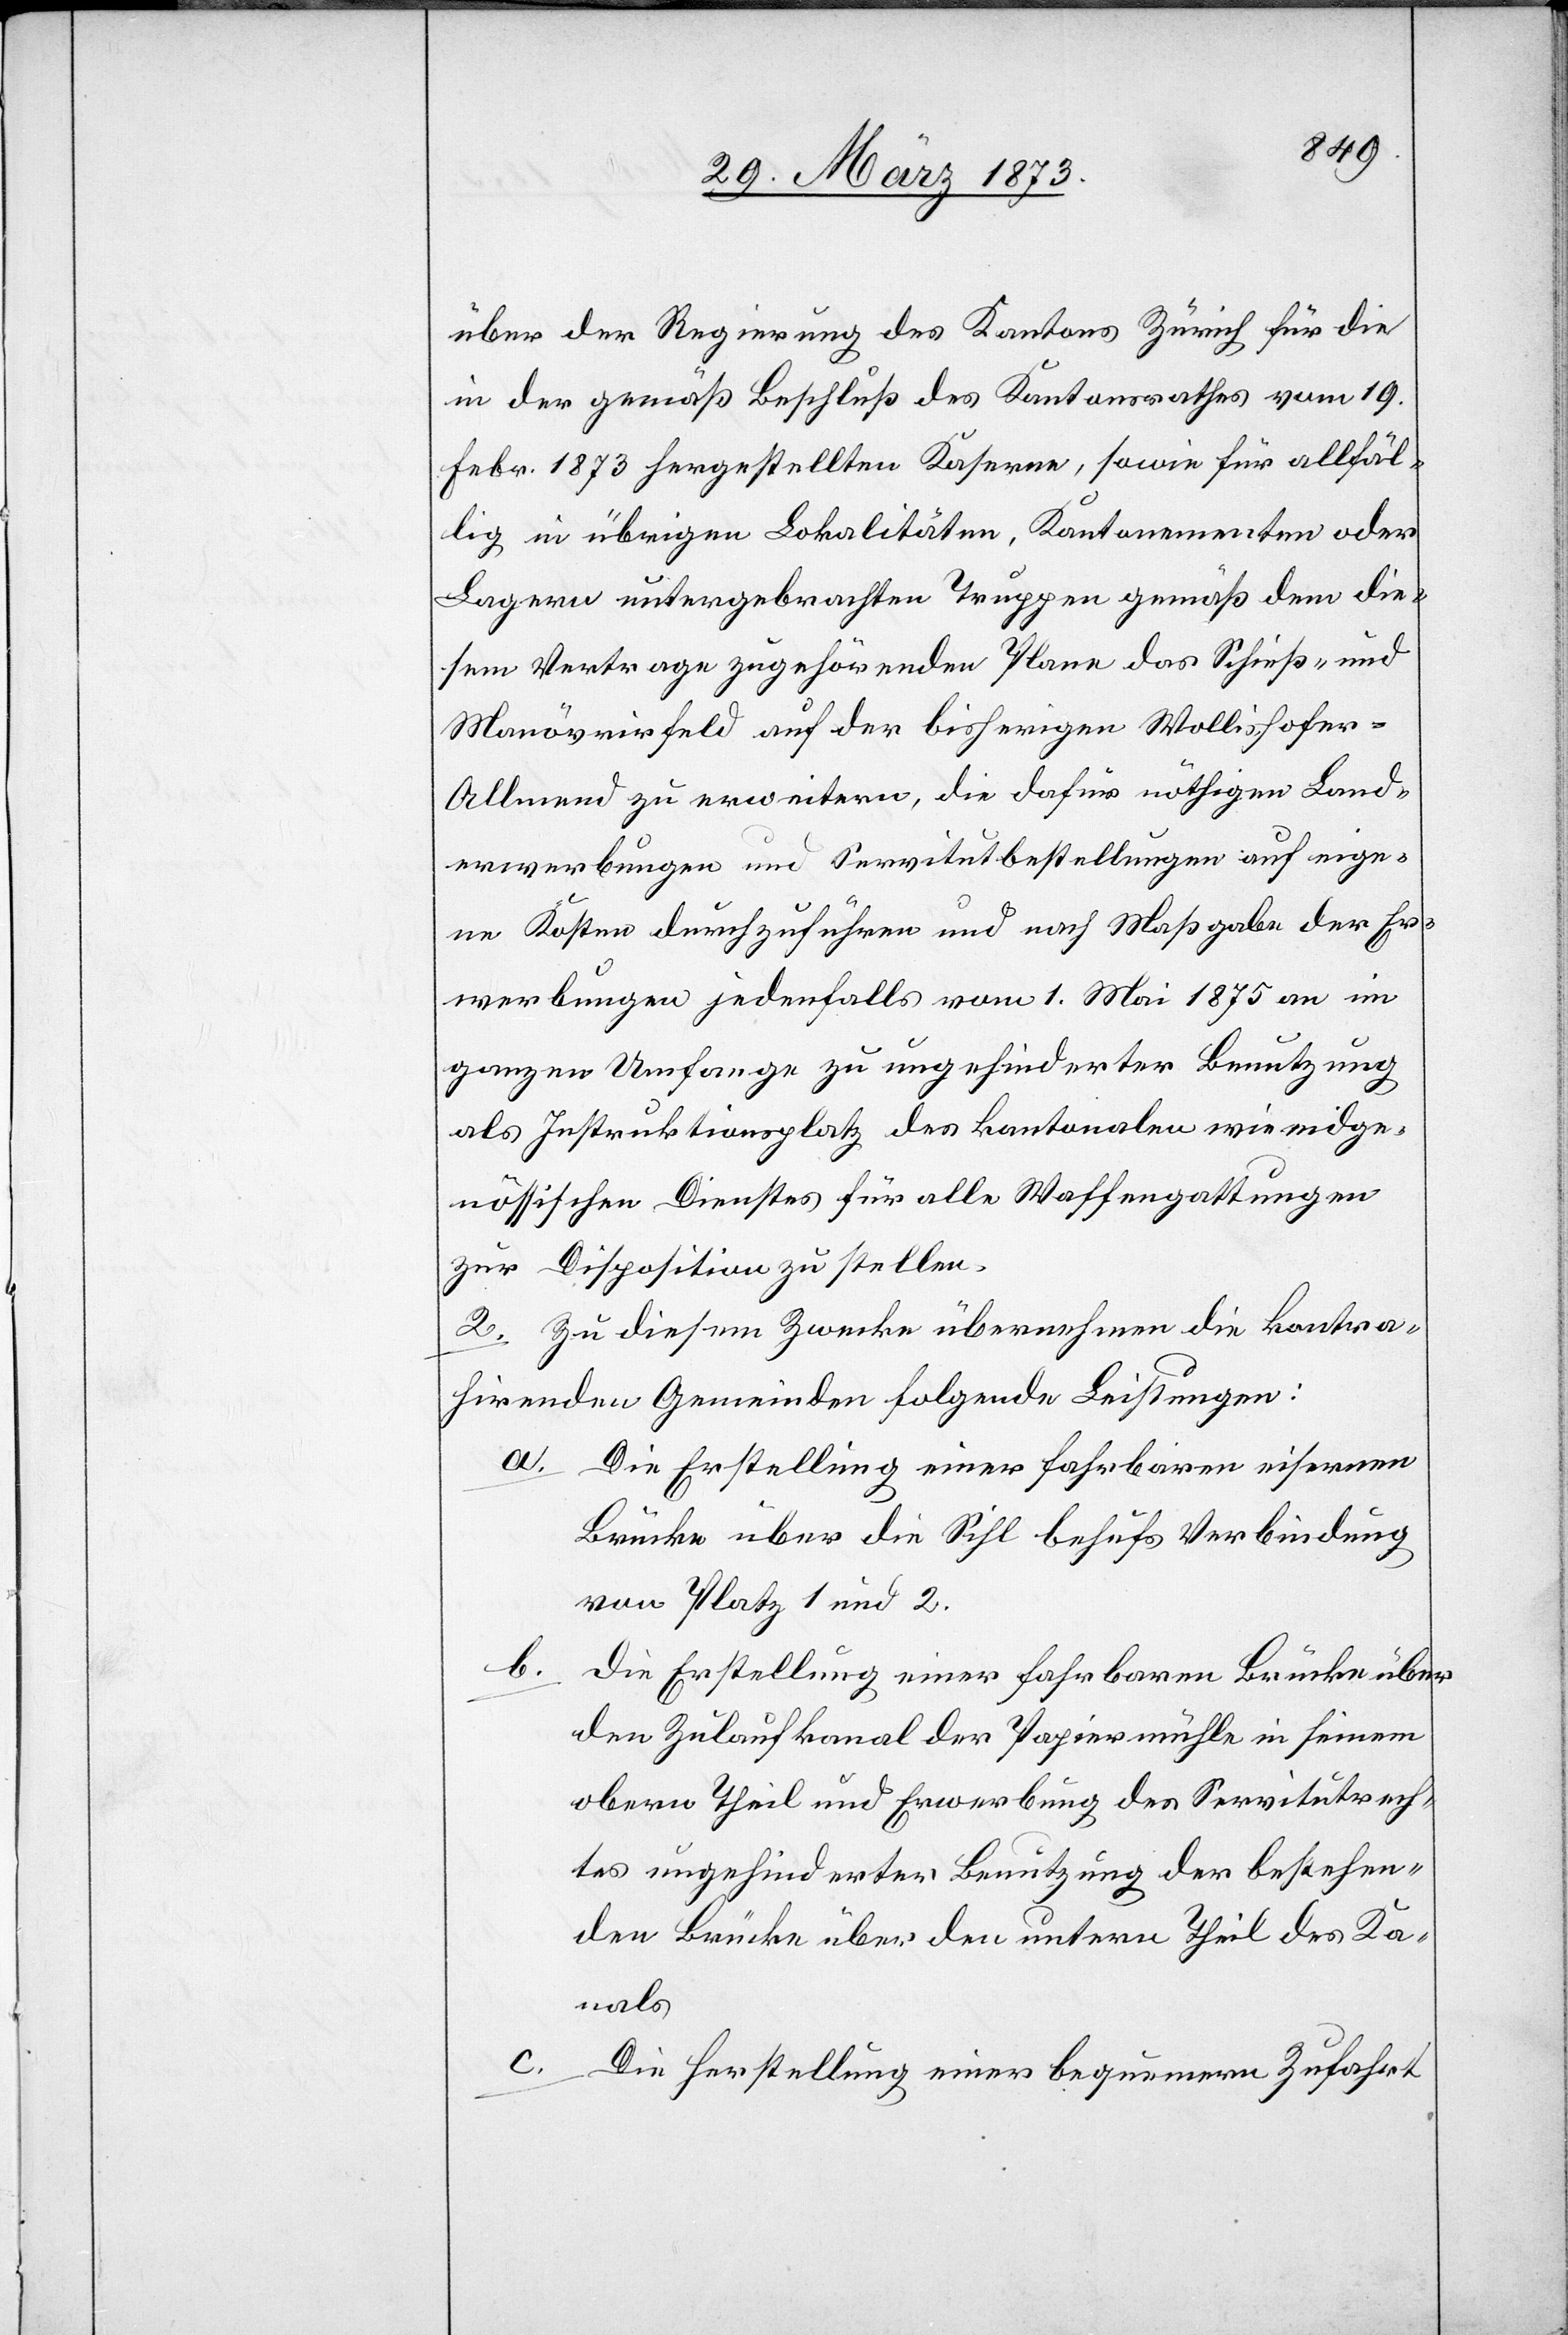
über der Regierung des Kantons Zürich für die
in der gemäß Beschluß des Kantonsrathes vom 19.
Febr. 1873 hergestellten Kaserne, sowie für allfäl¬
lig in übrigen Lokalitäten, Kantonementen oder
Lagern untergebrachten Truppen gemäß dem die¬
sem Vertrage zugehörenden Plane das Schieß- und
Manövrirfeld auf der bisherigen Wollishofer-A¬
llmend zu erweitern, die dafür nöthigen Land¬
erwerbungen und Servitutbestellungen auf eige¬
ne Kosten durchzuführen und nach Maßgabe der Er¬
werbungen jedenfalls vom 1. Mai 1875 an im
ganzen Umfange zu ungehinderter Benutzung
als Instruktionsplatz des kantonalen wie eidge¬
nössischen Dienstes für alle Waffengattungen
zur Disposition zu stellen.
2. Zu diesem Zwecke übernehmen die kontra¬
hirenden Gemeinden folgende Leistungen:
a. Die Erstellung einer fahrbaren eisernen
Brücke über die Sihl behufs Verbindung
von Platz 1 und 2.
b.
die Erstellung einer fahrbaren Brücke über
den Zulaufkanal der Papiermühle in seinem
obern Theil und Erwerbung des Servitutrech¬
tes ungehinderter Benutzung der bestehen¬
den Brücke über den untern Theil des Ka¬
nals
c.
Die Herstellung einer bequemern Zufahrt